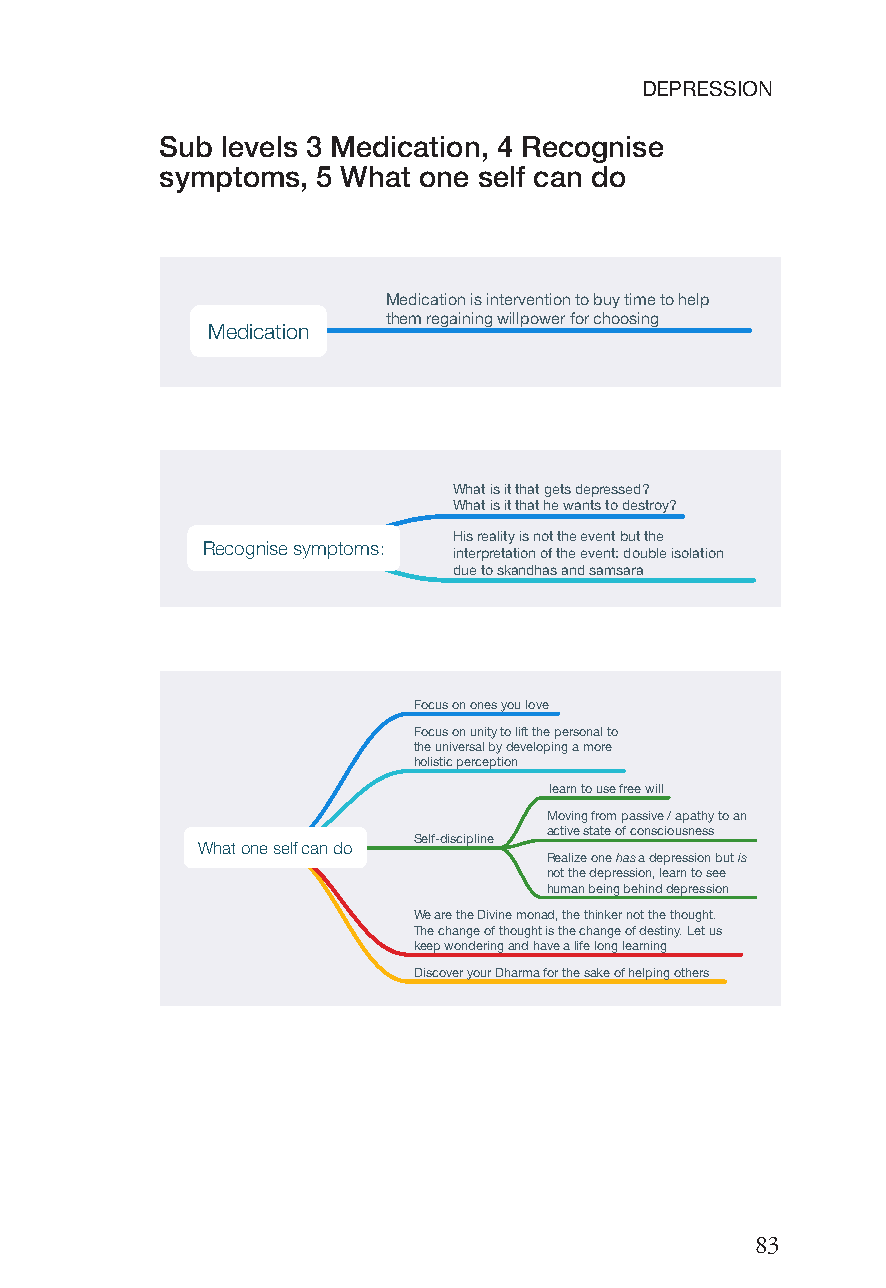
DEPRESSION
 Sub levels 3 Medication, 4 Recognise
 symptoms, 5 What one self can do
 Medication is intervention to buy time to help
 them regaining willpower for choosing
 Medication
 What is it that gets depressed?
 What is it that he wants to destroy?
 His reality is not the event but the
 Recognise symptoms:
 interpretation of the event: double isolation
 due to skandhas and samsara
 Focus on ones you love
 Focus on unity to lift the personal to
 the universal by developing a more
 holistic perception
 learn to use free will
 Moving from passive / apathy to an
 active state of consciousness
 Self-discipline
 What one self can do
 Realize one has a depression but is
 not the depression, learn to see
 human being behind depression
 We are the Divine monad, the thinker not the thought.
 The change of thought is the change of destiny. Let us
 keep wondering and have a life long learning
 Discover your Dharma for the sake of helping others
 83